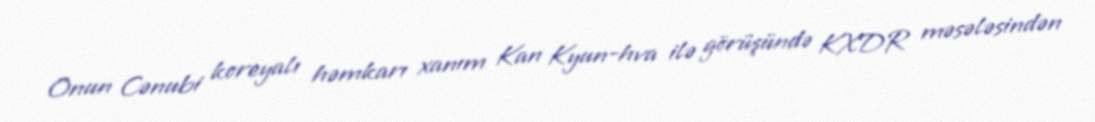
Onun Cənubi koreyalı həmkarı xanım Kan Kyun-hva ilə görüşündə KXDR məsələsindən